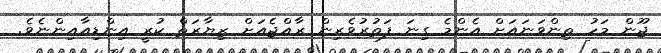
ޖޫން މަހު ތިންވަނައަށް އެންމެ ގިނަ ފަތުރުވެރިން ރާއްޖެއަށް ޒިޔާރަތް ކުރީ އިންޑިއާއިންނެވެ.